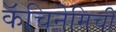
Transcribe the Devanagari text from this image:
कॅचिनेमिची